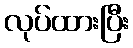
လုပ်ထားပြီး